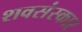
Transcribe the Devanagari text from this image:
शवसंस्कार